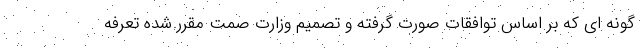
گونه ای که بر اساس توافقات صورت گرفته و تصمیم وزارت صمت مقرر شده تعرفه